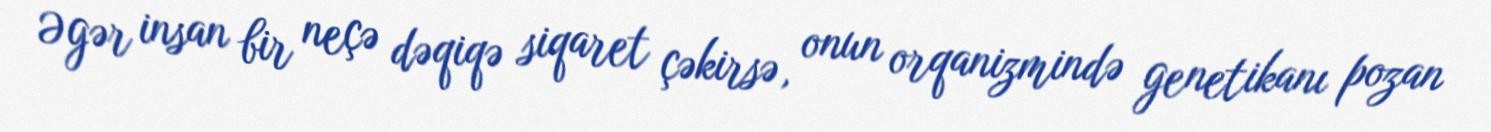
Əgər insan bir neçə dəqiqə siqaret çəkirsə, onun orqanizmində genetikanı pozan